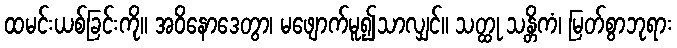
ထမင်းယစ်ခြင်းကို။ အဝိနောဒေတွာ၊ မဖျောက်မူ၍သာလျှင်။ သတ္ထု သန္တိကံ၊ မြတ်စွာဘုရား